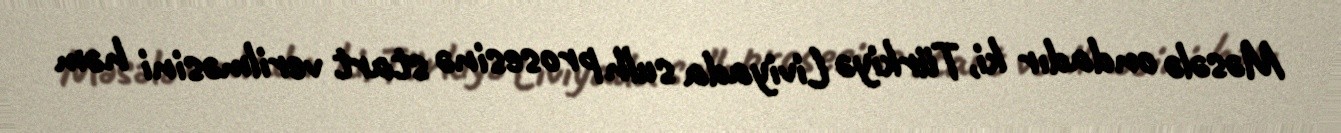
Məsələ ondadır ki, Türkiyə Liviyada sulh prosesinə start verilməsini həm